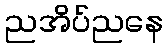
ညအိပ်ညနေ